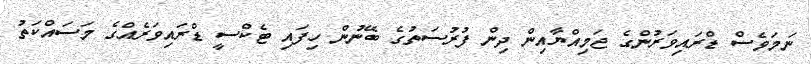
ނަމަވެސް ޑްރައިވަރުންގެ ޖަމިއްޔާއިން ދިން ފުރުސަތުގެ ބޭނުން ހިފައި ޓެކްސީ ޑްރައިވަރެއްގެ މަސައްކަތު